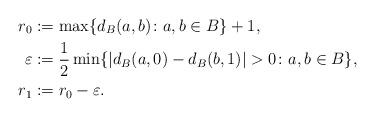
LaTeX: \begin{align*}r_0&:=\max\{d_B(a,b)\colon a,b\in B\}+1,\\\varepsilon&:=\frac12 \min\{|d_B(a,0)-d_B(b,1)|>0\colon a,b\in B\},\\r_1&:=r_0-\varepsilon.\end{align*}